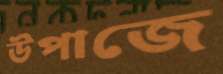
উপাজে